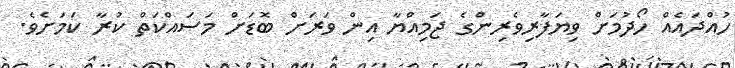
ހުއްދައެއް ހޯދުމަށް ވިޔަފާރިވެރިންގެ ޖަމިއްޔާ އިން ވަރަށް ބޮޑަށް މަސައްކަތް ކުރާ ކަމަށެވެ.